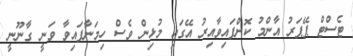
ޓެސްޓް ޕޭޕަރު އާންމު ކޮށްފައިވާއިރު އޭގައި މުޅިން ވެސް ހިމަނާފައިވާ ވަނީ ގާނޫނީ